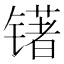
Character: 䦃